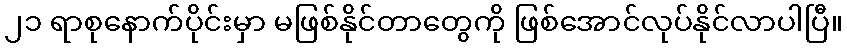
၂၁ ရာစုနောက်ပိုင်းမှာ မဖြစ်နိုင်တာတွေကို ဖြစ်အောင်လုပ်နိုင်လာပါပြီ။